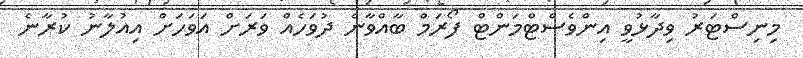
މިނިސްޓަރު ވިދާޅުވީ އިންވެސްޓްމަންޓް ފޯރަމް ބާއްވާނެ ދުވަހެއް ވަރަށް އަވަހަށް އިއުލާނު ކުރާނެ